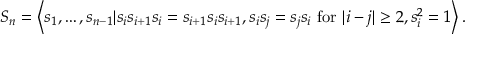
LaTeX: S _ { n } = \left\langle s _ { 1 } , \ldots , s _ { n - 1 } | s _ { i } s _ { i + 1 } s _ { i } = s _ { i + 1 } s _ { i } s _ { i + 1 } , s _ { i } s _ { j } = s _ { j } s _ { i } { \mathrm { ~ f o r ~ } } | i - j | \geq 2 , s _ { i } ^ { 2 } = 1 \right\rangle .